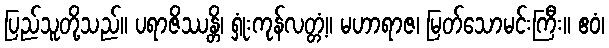
ပြည်သူတို့သည်။ ပရာဇိဿန္တိ၊ ရှုံးကုန်လတ္တံ့။ မဟာရာဇ၊ မြတ်သောမင်းကြီး။ ဧဝံ၊